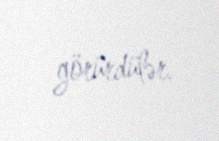
görürdülər.